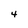
Character: 4